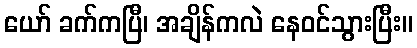
ယော် ခက်ကပြီ၊ အချိန်ကလဲ နေဝင်သွားပြီး။